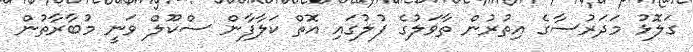
ގަލޮޅު މަދަރުސާގެ އިތުރުން ތާވަލުގެ ފުލުގައި އޮތް ކަލާފާން ސްކޫލް ވަނީ މުބާރާތުން